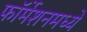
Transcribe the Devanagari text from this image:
फॉर्मेशनमध्ये